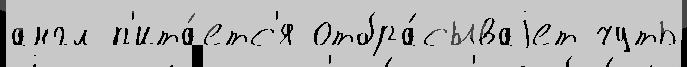
англ п'ита́етс'я отбра́сываjет чуть